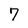
Character: 7